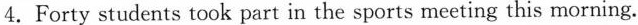
4. Forty students took part in the sports meeting this morning.